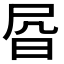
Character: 𰕾